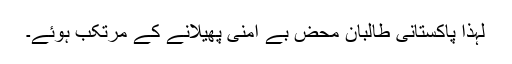
لہذا پاکستانی طالبان محض بے امنی پھیلانے کے مرتکب ہوئے۔